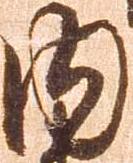
内